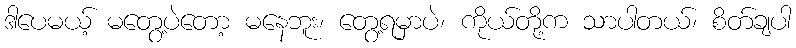
ဒါပေမယ့် မတွေ့ပဲတော့ မနေဘူး၊ တွေ့ရမှာပဲ၊ ကိုယ်တို့က သာပါတယ်၊ စိတ်ချပါ